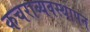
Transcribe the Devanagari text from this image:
कचराव्यवस्थापन